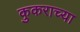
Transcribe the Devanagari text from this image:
कुकराच्या